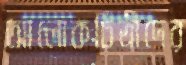
আলোকচিত্রীদের